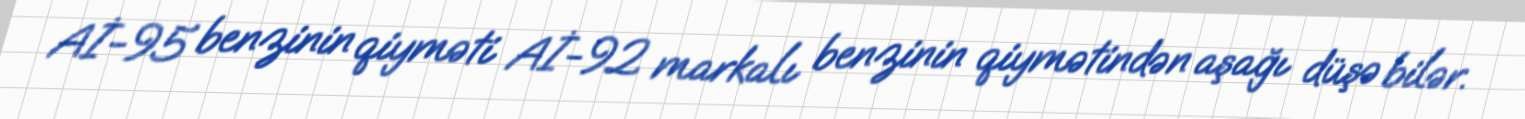
Aİ-95 benzinin qiyməti Aİ-92 markalı benzinin qiymətindən aşağı düşə bilər.